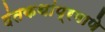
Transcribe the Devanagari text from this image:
दंतकथांप्रमाणे